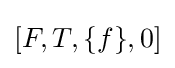
[F,T,\{f\},0]